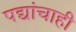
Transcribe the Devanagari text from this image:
पद्यांचाही